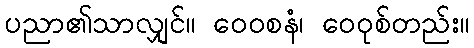
ပညာ၏သာလျှင်။ ဝေဝစနံ၊ ဝေဝုစ်တည်း။